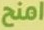
امنح